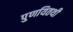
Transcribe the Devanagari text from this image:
पुणयितथी